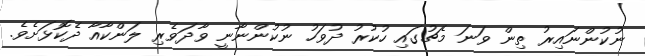
ނުކުންނައިރު ތިން ވަނަ މެޗުގައި ހުކުރު ދުވަހު ނުކުންނާނީ ވާދަވެރި ލަންކާއާ ދެކޮޅަށެވެ.